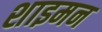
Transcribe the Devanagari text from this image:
शाइमन